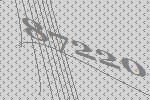
87220